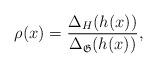
LaTeX: \begin{align*}\rho(x) = \frac{\Delta_H (h(x))}{\Delta_{\mathfrak{G}}(h(x))}, \end{align*}